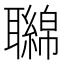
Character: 𦘂